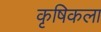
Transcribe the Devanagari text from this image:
कृषिकला